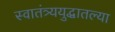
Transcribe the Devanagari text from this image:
स्वातंत्र्ययुद्धातल्या